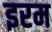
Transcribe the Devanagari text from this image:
इरम